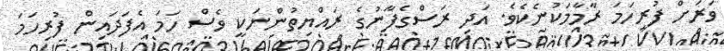
ވަރަށް ފުރިހަމަ ރާމާމަކުނެކެވެ. އަދި ރަސްގެފާނުގެ ރައްޔިތުންނަކީ ވެސް ހަމަ އެފަދައިން ފުރިހަމަ